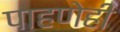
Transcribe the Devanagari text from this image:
पाहणेही